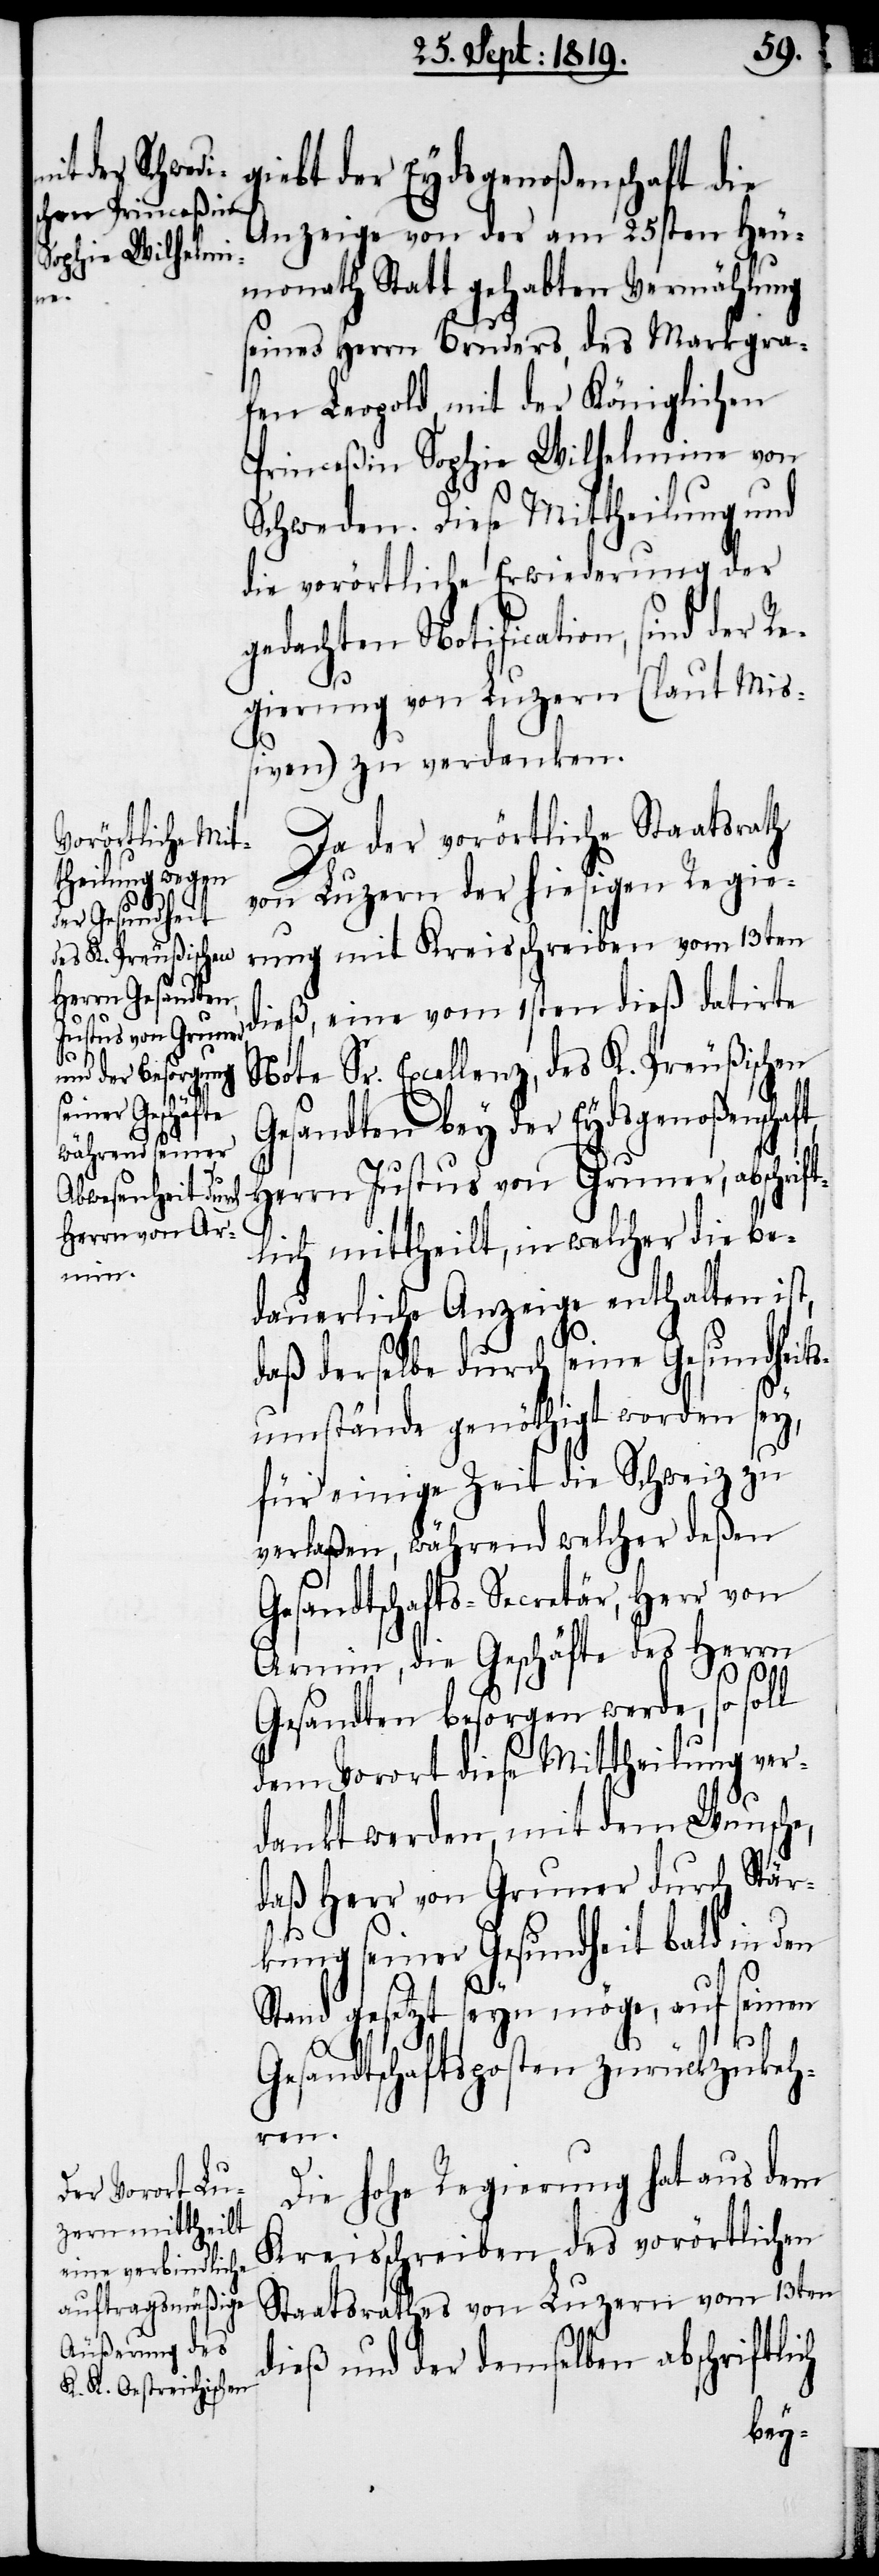
giebt der Eydsgenoßenschaft die
Anzeige von der am 25sten Heu¬
monath Statt gehabten Vermählung
seines Herrn Bruders, des Markgra¬
fen Leopold, mit der Königlichen
Princeßin Sophie Wilhelmine von
Schweden. Diese Mitheilung d¬
gedachten Notification, sind der Re¬
gierung von Luzern (laut Miß¬
iven) zu verdanken.
Da der vorörtliche Staatsrath
von Luzern der hiesigen Regie¬
rung mit Kreisschreiben vom 13ten
dieß, eine vom 1sten dieß datirte
Note Sr. Excellenz, des K. Preußischen
er
Gesandten bey der Eydsgenoßenschaft,
Herrn Justus von Gruner, abschrift¬
lich mittheilt, in welcher die be¬
dauerliche Anzeige enthalten ist,
daß derselbe durch seine Gesundheits¬
umstände genöthigt worden sey,
für einige Zeit die Schweiz zu
verlaßen, während welcher deßen
Gesandtschafts-Secretär, Herr von
Armin, die Geschäfte des Herrn
Gesandten besorgen werde, so soll
dem Vorort diese Mittheilung ver¬
dankt werden, mit dem Wunsche,
daß Herr von Grunder durch Stär¬
kung seiner Gesundheit bald in den
Stand gesetzt seyn möge, auf seinen
Gesandtschaftsposten zurückzukeh¬
ren.
Die hohe Regierung hat aus dem
Kreisschreiben des vorörtlichen
Staatsrathes von Luzern vom 13ten
dieß und der demselben abschriftlich